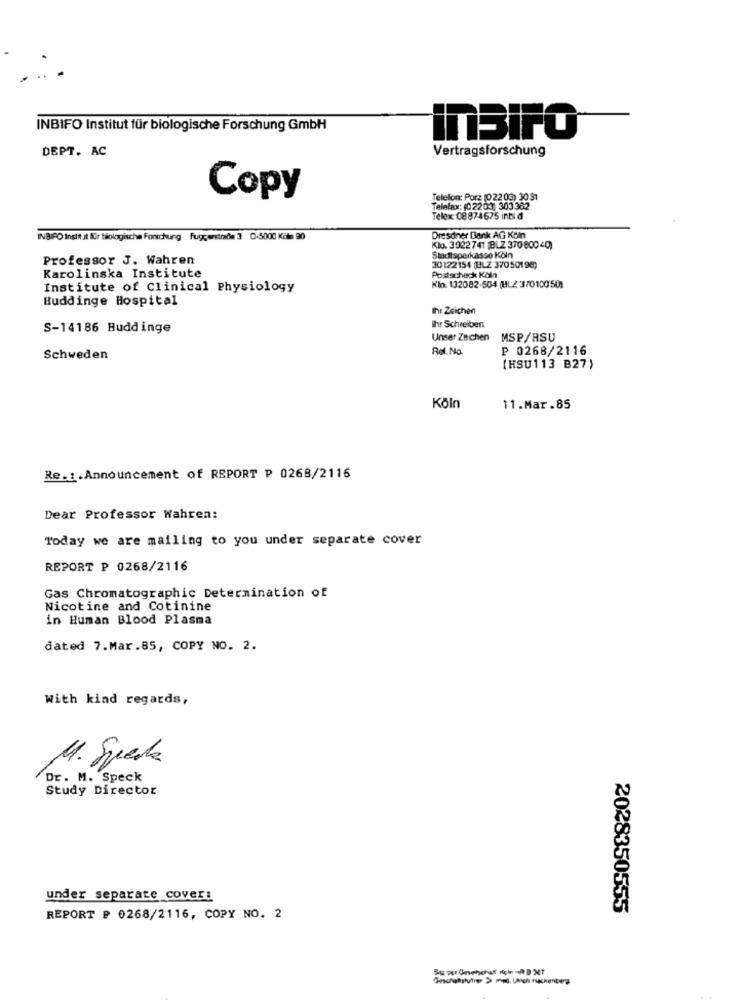
INBIFO Institut für biologische Forschung GmbH
inBiFO
DEPT. AC
Vertragsforschung
Copy
Telefon: Porz (022 03) 3031
Telefax: (02203) 303362
Telex: 08874675 inbi d
INBIFO Insitt st Kür biologische Forschung Fuggerstrade 3 0-5000 Köln 90
Dresdner Bank AG Koin
Kla. 3022741 (BLZ 37080040)
Professor J. Wahren
Stadtsparkasse Köln
30122154 (BLZ 37050196)
Karolinska Institute
Postacheck Köln
Institute of Clinical Physiology
Klo. 132082-504 (HL/ 3/010050)
Huddinge Hospital
Ihr Zeichen
S-14186 Huddinge
Ihr Schreiben
Unser Zechen MSP/HSU
Rol. No
P 0268/2116
Schweden
[HSU113 B27)
Köln
11.Mar.85
Re .:. Announcement of REPORT P 0268/2115
Dear Professor Wahren:
Today we are mailing to you under separate cover
REPORT P 0268/2116
Gas Chromatographic Determination of
Nicotine and Cotinine
in Human Blood Plasma
dated 7.Mar.85, COPY NO. 2.
With kind regards,
M. Spada
Dr. M. Speck
Study Director
under separate cover:
2028350555
REPORT P 0268/2116, COPY NO. 2